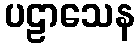
ပဠာသေန